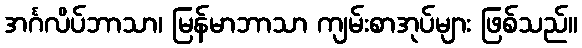
အင်္ဂလိပ်ဘာသာ၊ မြန်မာဘာသာ ကျမ်းစာအုပ်များ ဖြစ်သည်။